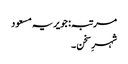
مرتبہ: جویریہ مسعود
شہرِ سخن ۔